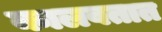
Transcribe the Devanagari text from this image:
कालवतात